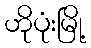
ဟိုပုံးမြို့